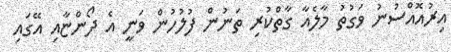
އިރުއޮއްސުނު ވަގުތު މާލެއާ ގާތްކުރި ތަނުން ފުލުހުން ވަނީ އެ ދޯންޏާއި އޭގައި